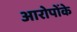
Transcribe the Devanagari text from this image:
आरोपोंके